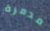
مدمرة